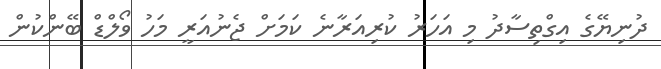
ދުނިޔޭގެ އިގްތިސާދު މި އަހަރު ކުރިއަރާނެ ކަމަށް ޖެނުއަރީ މަހު ވޯލްޑް ބޭންކުން